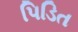
પિડિત